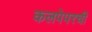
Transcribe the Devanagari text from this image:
कलपेपरची